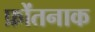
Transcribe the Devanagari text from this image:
फ्रोंतनाक